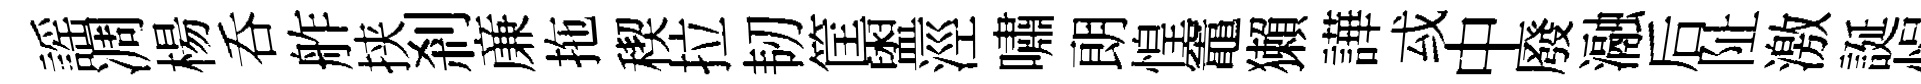
謡凋楊呑舴挟剎亷拖稧拉韧筐盥涇嘯朗惶竈獺譁㦯中廢瀜后阯激誕悁